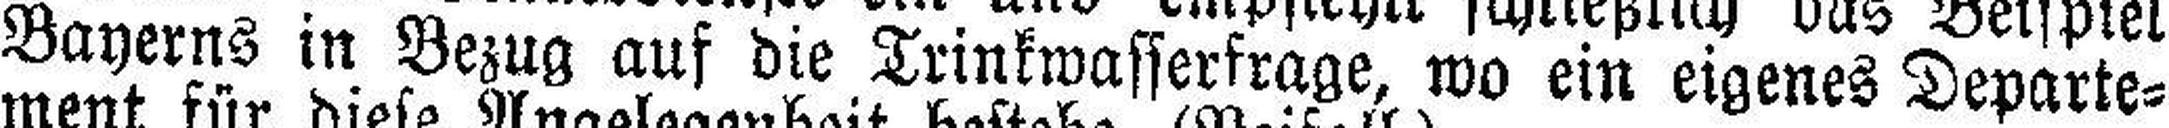
Bayerns in Bezug auf die Trinkwassersrage, wo ein eigenes Departe¬